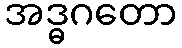
အဒ္ဓဂတော